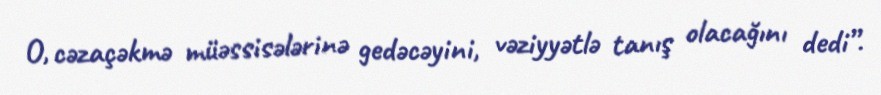
O, cəzaçəkmə müəssisələrinə gedəcəyini, vəziyyətlə tanış olacağını dedi”.